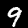
Digit: 9